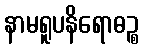
နာမရူပနိရောဓဉ္စ